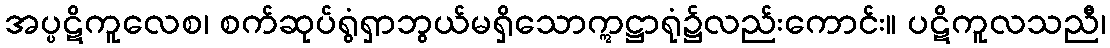
အပ္ပဋိကူလေစ၊ စက်ဆုပ်ရွံရှာဘွယ်မရှိသောဣဋ္ဌာရုံ၌လည်းကောင်း။ ပဋိကူလသညီ၊